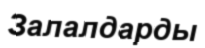
Залалдарды